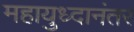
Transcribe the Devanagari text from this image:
महायुध्दानंतर